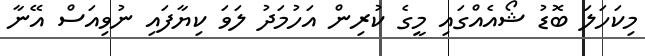
މިކަހަލަ ބޮޑު ޝޯއެއްގައި މީގެ ކުރިން އަހުމަދު ލަވަ ކިޔާފައި ނުވިއަސް އޭނާ